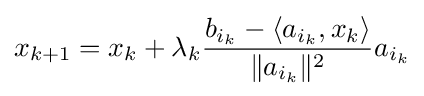
x_{k+1}=x_{k}+\lambda _{k}{\frac {b_{i_{k}}-\langle a_{i_{k}},x_{k}\rangle }{\|a_{i_{k}}\|^{2}}}a_{i_{k}}